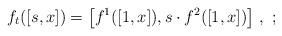
LaTeX: \begin{align*}f_t([s,x]) = \bigl[ f^1([1,x]), s\cdot f^2([1,x])\bigr]~, ~;\end{align*}